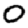
Digit: 0